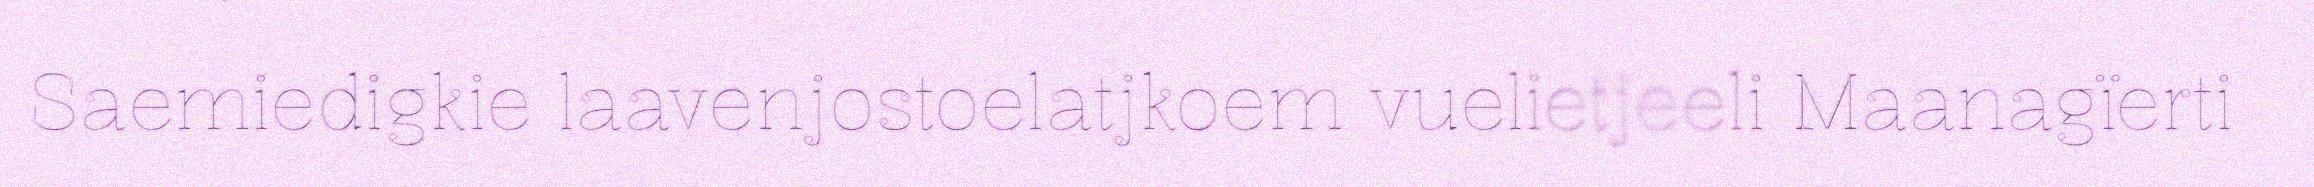
Saemiedigkie laavenjostoelatjkoem vuelietjeeli Maanagïerti